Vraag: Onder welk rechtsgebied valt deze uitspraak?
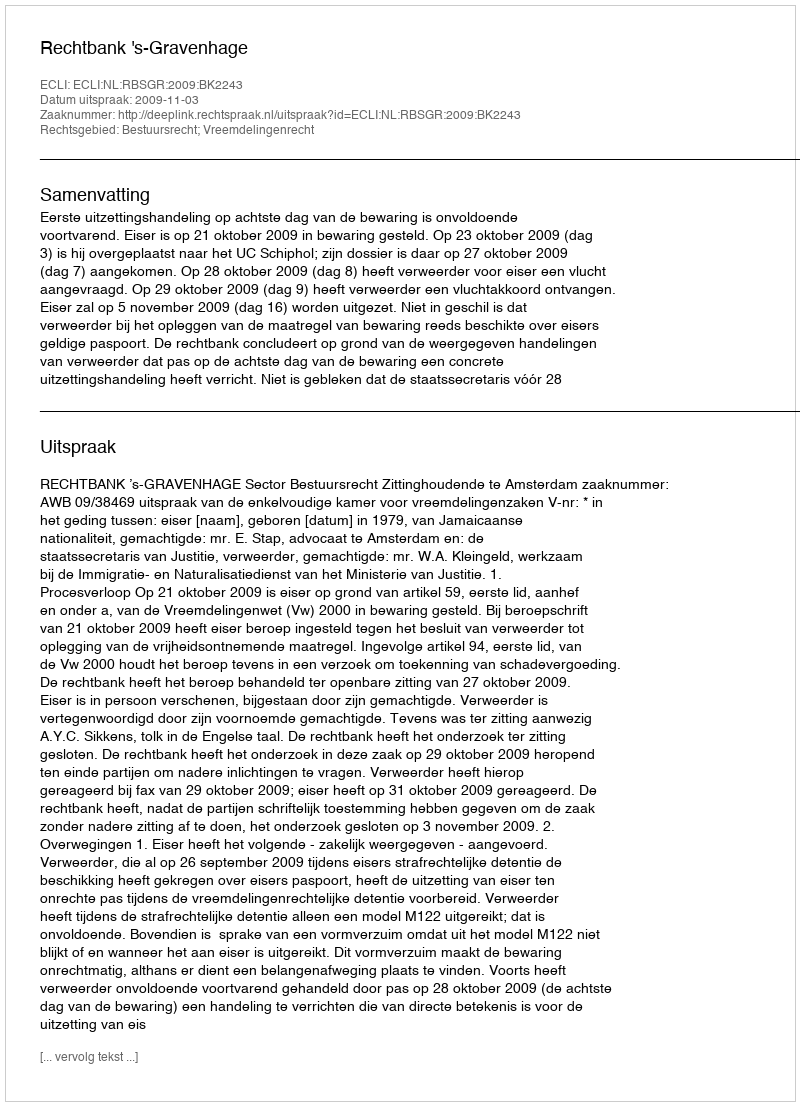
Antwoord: Bestuursrecht; Vreemdelingenrecht